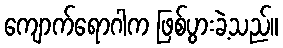
ကျောက်ရောဂါက ဖြစ်ပွားခဲ့သည်။